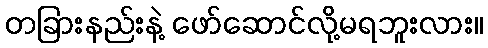
တခြားနည်းနဲ့ ဖော်ဆောင်လို့မရဘူးလား။